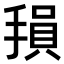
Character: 𫽭